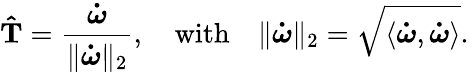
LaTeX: \mathbf{\hat{T}}=\frac{\boldsymbol{\dot{\omega}}}{\| \boldsymbol{\dot{\omega}}\| _{2}},\quad\textrm{with}\quad\| \boldsymbol{\dot{\omega}}\| _{2}=\sqrt{\langle\boldsymbol{\dot{\omega}},\boldsymbol{\dot{\omega}}\rangle}.